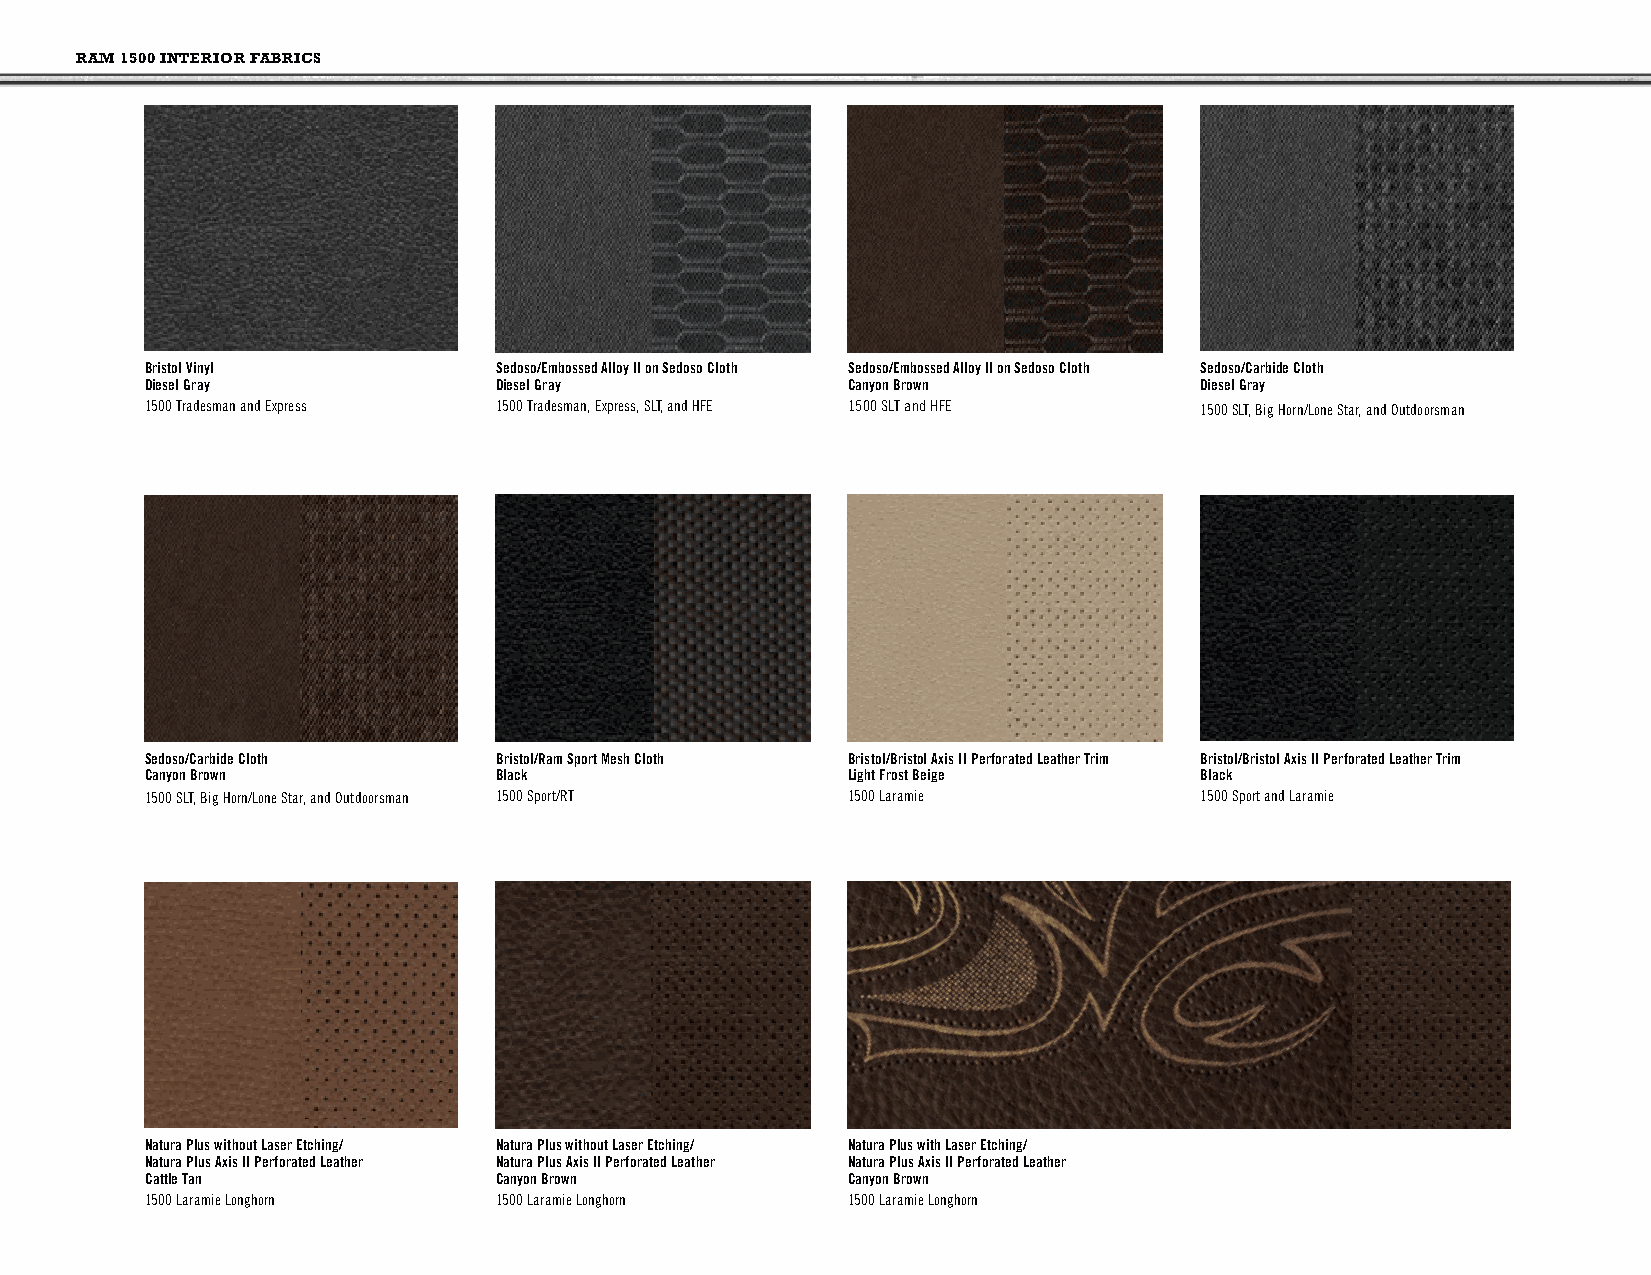
RAM 1500 INTERIOR FABRICS
 Bristol Vinyl          Sedoso/Embossed Alloy II on Sedoso Cloth Sedoso/Embossed Alloy II on Sedoso Cloth Sedoso/Carbide Cloth
 Diesel Gray            Diesel Gray            Canyon Brown           Diesel Gray
 1500 Tradesman and Express 1500 Tradesman, Express, SLT, and HFE 1500 SLT and HFE 1500 SLT, Big Horn/Lone Star, and Outdoorsman
 Sedoso/Carbide Cloth   Bristol/Ram Sport Mesh Cloth Bristol/Bristol Axis II Perforated Leather Trim Bristol/Bristol Axis II Perforated Leather Trim
 Canyon Brown           Black                  Light Frost Beige      Black
 1500 SLT, Big Horn/Lone Star, and Outdoorsman 1500 Sport/RT 1500 Laramie 1500 Sport and Laramie
 Natura Plus without Laser Etching/ Natura Plus without Laser Etching/ Natura Plus with Laser Etching/
 Natura Plus Axis II Perforated Leather Natura Plus Axis II Perforated Leather Natura Plus Axis II Perforated Leather
 Cattle Tan             Canyon Brown           Canyon Brown
 1500 Laramie Longhorn  1500 Laramie Longhorn  1500 Laramie Longhorn
 Page 44